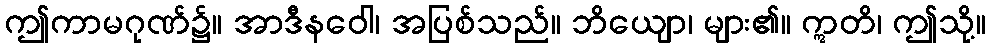
ဤကာမဂုဏ်၌။ အာဒီနဝေါ၊ အပြစ်သည်။ ဘိယျော၊ များ၏။ ဣတိ၊ ဤသို့။